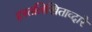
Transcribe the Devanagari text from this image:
हस्तलिखिताव्दारे